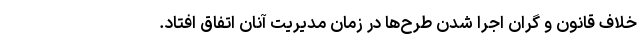
خلاف قانون و گران اجرا شدن طرح‌ها در زمان مدیریت آنان اتفاق افتاد.